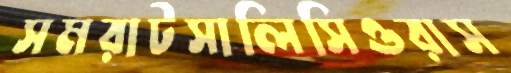
সমরাটসালিসিওরাস